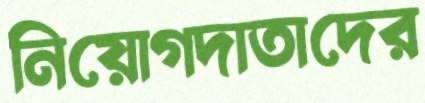
নিয়োগদাতাদের